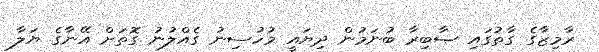
ރާމިޒާގެ ގާތުގައި ޞާބިރާ ބުނަމުން ދިޔައީ މުހުސިނު ގެއްލުނު ގޮތަށް އޭނާގެ ޔަލާ